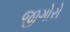
જીગોરો